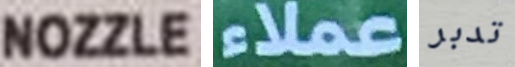
NOZZLE عملاء تدبر